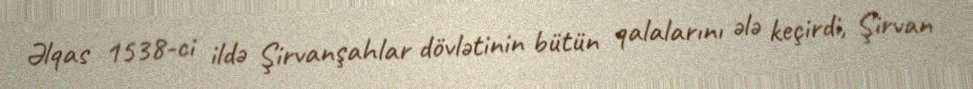
Əlqas 1538-ci ildə Şirvanşahlar dövlətinin bütün qalalarını ələ keçirdi, Şirvan